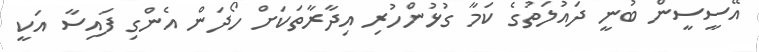
އޭސީސީން ބުނީ ދައުލަތުގެ ކަމާ ގުޅުންހުރި އިދާާރާތަކަށް ހޯދަން އެންގި ފައިސާ އަކީ